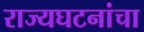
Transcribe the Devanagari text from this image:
राज्यघटनांचा